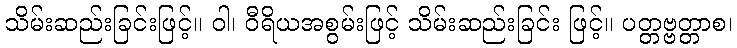
သိမ်းဆည်းခြင်းဖြင့်။ ဝါ၊ ဝီရိယအစွမ်းဖြင့် သိမ်းဆည်းခြင်း ဖြင့်။ ပတ္တဗ္ဗတ္တာစ၊